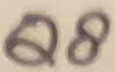
Text: Q8